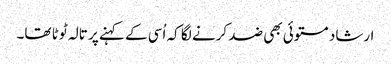
ارشاد مستوئی بھی ضد کرنے لگا کہ اُسی کے کہنے پر تالہ ٹوٹا تھا۔